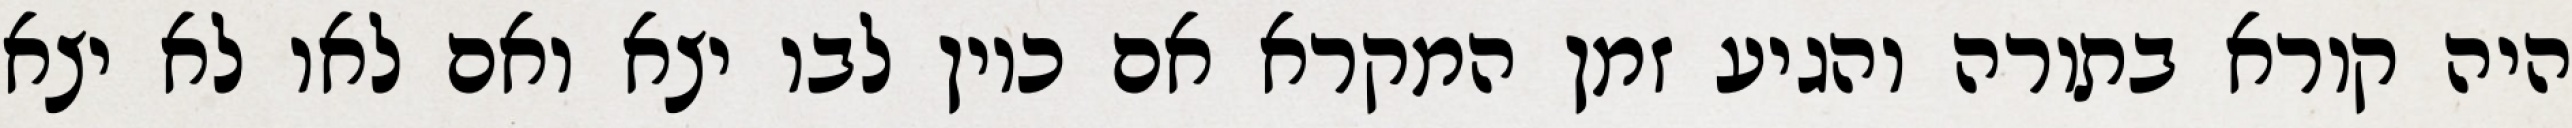
היה קורא בתורה והגיע זמן המקרא אם כיון לבו יצא ואם לאו לא יצא